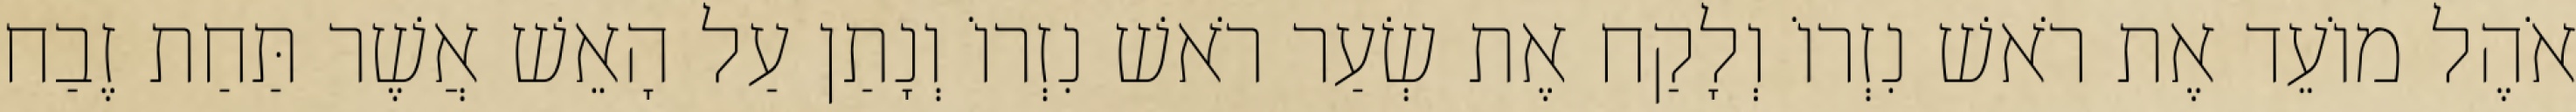
אֹהֶל מוֹעֵד אֶת רֹאשׁ נִזְרוֹ וְלָקַח אֶת שְׂעַר רֹאשׁ נִזְרוֹ וְנָתַן עַל הָאֵשׁ אֲשֶׁר תַּחַת זֶבַח